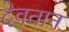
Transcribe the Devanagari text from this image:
देवतान